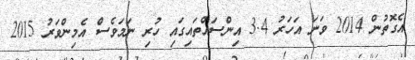
އެގޮތުން 2014 ވަނަ އަހަރު 3.4 އިންސައްތައިގައި ހުރި ނަމަވެސް އެމިންވަރު 2015